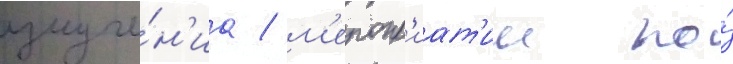
излуче́н'иа / м'еропр'иат'ии по́